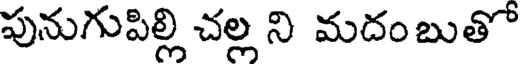
పునుగుపిల్లి చల్ల ని మదంబుతో